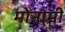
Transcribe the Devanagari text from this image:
मोनामी